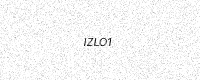
Text: IZLO1